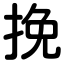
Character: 挽